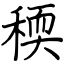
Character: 稬